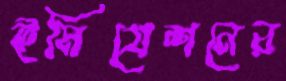
ইমিগ্রেশনের